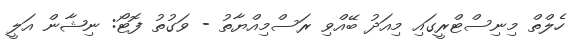
ހެލްތް މިނިސްޓްރީގައި މިއަދު ބޭއްވި ރަސްމިއްޔާތު - ވަގުތު ފޮޓޯ: ނިޝާން އަލީ